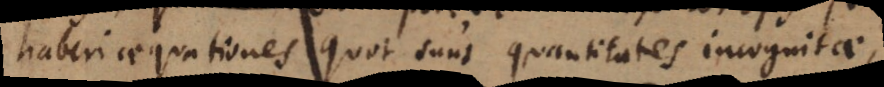
haberi aequationes quot sunt quantitates incognitae.